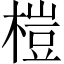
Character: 榿